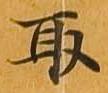
取